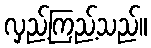
လှည့်ကြည့်သည်။